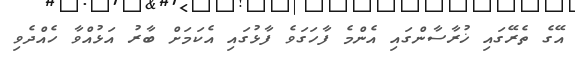
އޭގެ ތެރޭގައި ޚުރާސާންގައި އެންމެ ފާހަގަވެ ފާޅުގައި އެކަމަށް ބާރު އަޅުއްވާ ހެއްދެވި